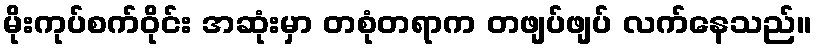
မိုးကုပ်စက်ဝိုင်း အဆုံးမှာ တစုံတရာက တဖျပ်ဖျပ် လက်နေသည်။